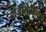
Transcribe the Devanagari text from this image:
रोजीरोटीच्या